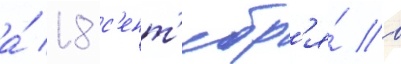
а́ 18 с'ент'ябр'я́ в